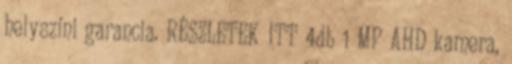
helyszíni garancia. RÉSZLETEK ITT 4db 1 MP AHD kamera,